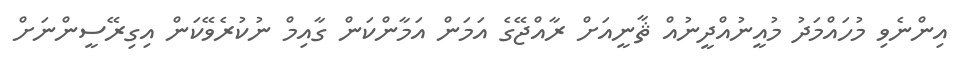
އިންނެވި މުހައްމަދު މުއީނުއްދީނުއް ޘާނީއަށް ރާއްޖޭގެ އަމަން އަމާންކަން ގާއިމް ނުކުރެވޭކަން އިގިރޭސީންނަށް